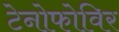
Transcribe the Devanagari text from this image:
टेनोफोविर